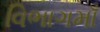
વિભાગમાઁ